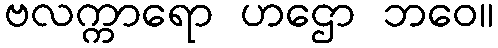
ဗလက္ကာရော ဟဌော ဘဝေ။